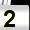
Digit: 2